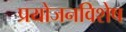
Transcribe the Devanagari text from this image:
प्रयोजनविशेष